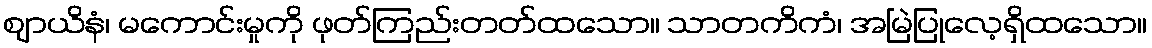
ဈာယိနံ၊ မကောင်းမှုကို ဖုတ်ကြည်းတတ်ထသော။ သာတကိကံ၊ အမြဲပြုလေ့ရှိထသော။